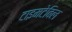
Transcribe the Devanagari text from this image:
टाइमटेबिल